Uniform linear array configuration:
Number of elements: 32
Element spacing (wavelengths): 0.5
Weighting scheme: exponential
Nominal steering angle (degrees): -15
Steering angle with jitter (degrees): -15.152
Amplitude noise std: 0.05
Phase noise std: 0.05

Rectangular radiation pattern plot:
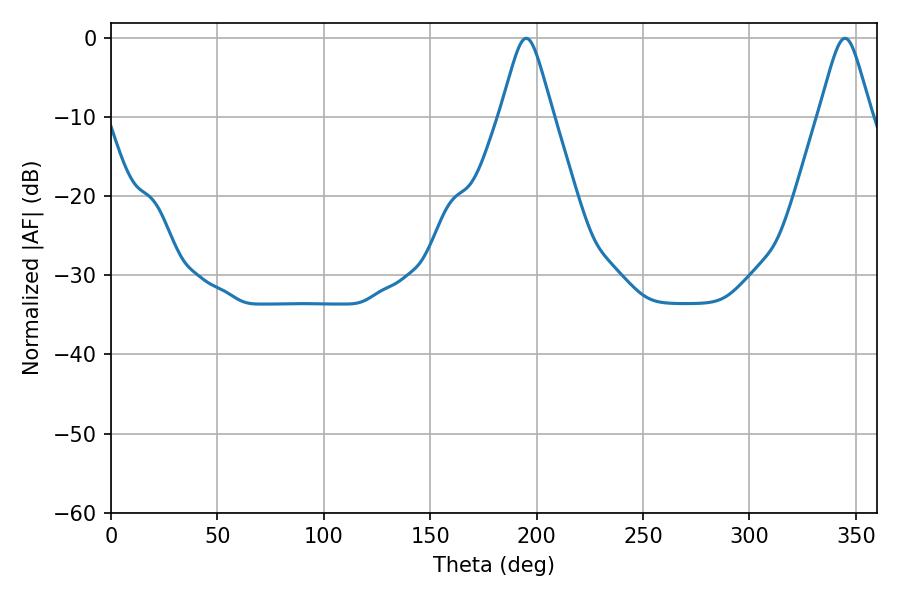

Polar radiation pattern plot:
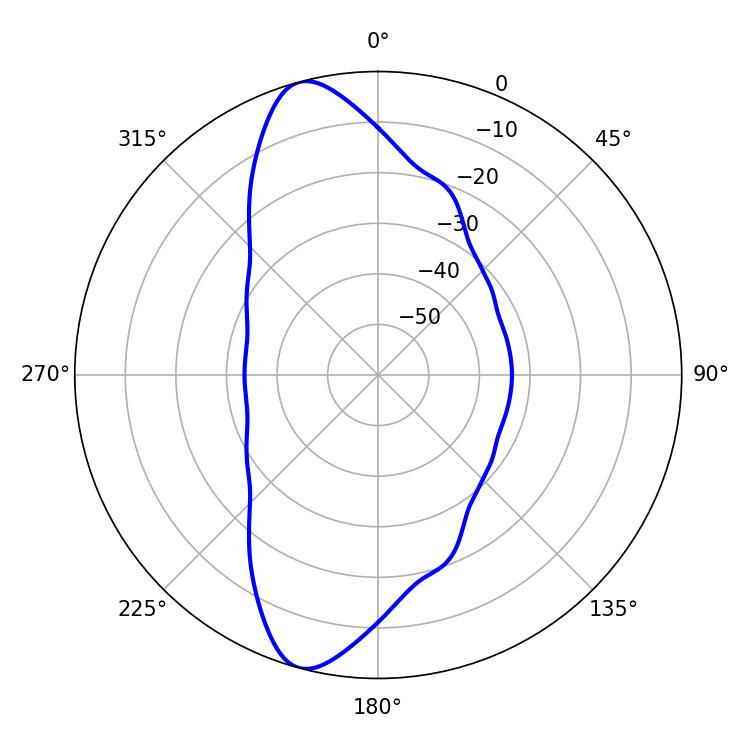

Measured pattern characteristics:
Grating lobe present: FALSE
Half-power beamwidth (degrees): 11.88
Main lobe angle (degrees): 195.12